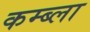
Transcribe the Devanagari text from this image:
कम्ब्ला